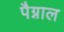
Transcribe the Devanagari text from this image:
पैग्नाल